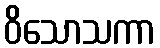
ဝိသောသကာ